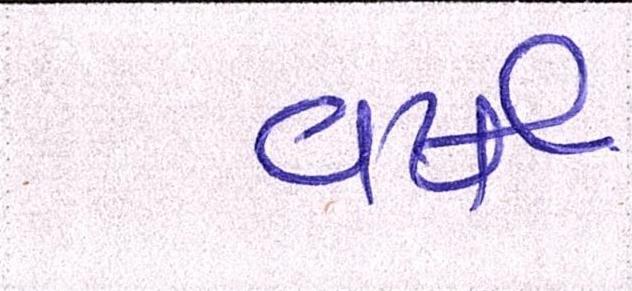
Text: વર્ષ